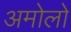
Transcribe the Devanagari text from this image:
अमोलो